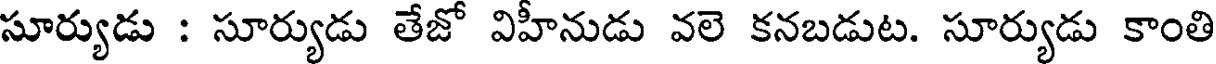
సూర్యుడు : సూర్యుడు తేజో విహీనుడు వలె కనబడుట. సూర్యుడు కాంతి